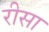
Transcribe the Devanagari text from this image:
रीसा